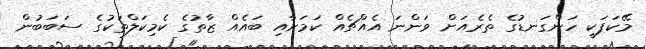
މޭކަޕަކީ ހަންގަނޑުގެ ތެރެއަށް ވަންނަ އެއްޗެއް ކަމަށާއި ބައެއް ޒާތުގެ ކެމިކަލްތަކުގެ ސަބަބުން